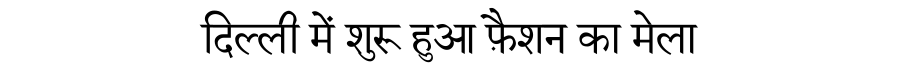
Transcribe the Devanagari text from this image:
दिल्ली में शुरू हुआ फ़ैशन का मेला